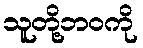
သူတို့ဘဝကို